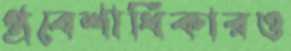
প্রবেশাধিকারও